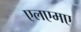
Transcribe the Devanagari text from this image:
एलएमए